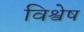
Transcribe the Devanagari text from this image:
विश्वेष